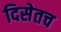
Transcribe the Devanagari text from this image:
दिसेतच